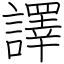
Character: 譯